Indian journal of veterinary science and animal husbandry - Volumes 26-27, 1956-1957
Year: 1956
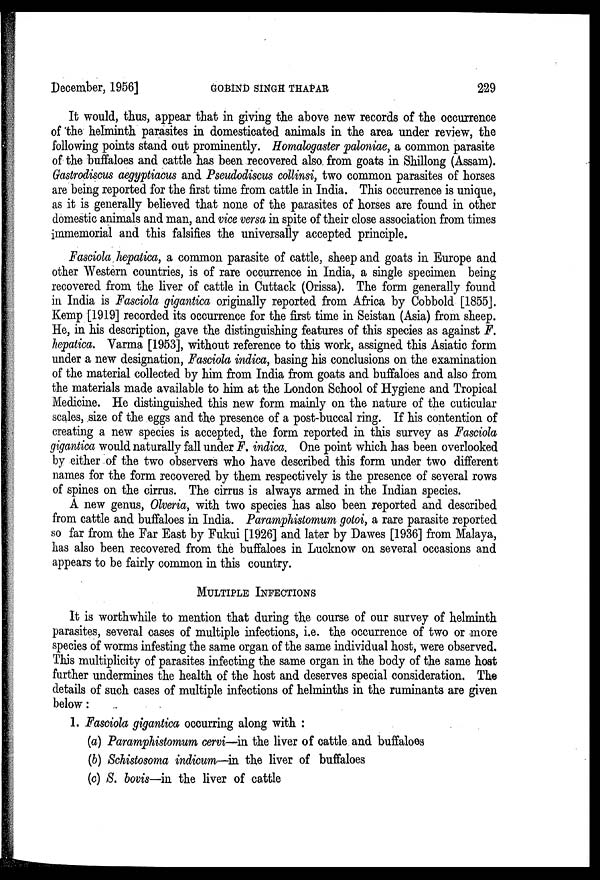
December, 1956]
GOBIND
SINGH
THAPAR
229
It would, thus, appear that in giving the above new records of the occurrence
of the helminth parasites in domesticated animals in the area under review, the
following points stand out prominently. Homalogaster paloniae, a common parasite
of the buffaloes and cattle has been recovered also from goats in Shillong (Assam).
Gastrodiscus aegyptiacus and Pseudodiscus collinsi, two common parasites of horses
are being reported for the first time from cattle in India. This occurrence is unique,
as it is generally believed that none of the parasites of horses are found in other
domestic animals and man, and vice versa in spite of their close association from times
immemorial and this falsifies the universally accepted principle.
Fasciola hepatica, a common parasite of cattle, sheep and goats in Europe and
other Western countries, is of rare occurrence in India, a single specimen being
recovered from the liver of cattle in Cuttack (Orissa). The form generally found
in India is Fasciola gigantica originally reported from Africa by Cobbold [1855].
Kemp [1919] recorded its occurrence for the first time in Seistan (Asia) from sheep.
He, in his description, gave the distinguishing features of this species as against F.
hepatica. Varma [1953], without reference to this work, assigned this Asiatic form
under a new designation, Fasciola indica, basing his conclusions on the examination
of the material collected by him from India from goats and buffaloes and also from
the materials made available to him at the London School of Hygiene and Tropical
Medicine. He distinguished this new form mainly on the nature of the cuticular
scales, size of the eggs and the presence of a post-buccal ring. If his contention of
creating a new species is accepted, the form reported in this survey as Fasciola
gigantica would naturally fall under F. indica. One point which has been overlooked
by either of the two observers who have described this form under two different
names for the form recovered by them respectively is the presence of several rows
of spines on the cirrus. The cirrus is always armed in the Indian species.
A new genus, Olveria, with two species has also been reported and described
from cattle and buffaloes in India. Paramphistomum gotoi, a rare parasite reported
so far from the Far East by Fukui [1926] and later by Dawes [1936] from Malaya,
has also been recovered from the buffaloes in Lucknow on several occasions and
appears to be fairly common in this country.
MULTIPLE INFECTIONS
It is worthwhile to mention that during the course of our survey of helminth
parasites, several cases of multiple infections, i.e. the occurrence of two or more
species of worms infesting the same organ of the same individual host, were observed.
This multiplicity of parasites infecting the same organ in the body of the same host
further undermines the health of the host and deserves special consideration. The
details of such cases of multiple infections of helminths in the ruminants are given
below:
1. Fasciola gigantica occurring along with :
(a) Paramphistomum cervi—in the liver of cattle and buffaloes
(b) Schistosoma indicum—in the liver of buffaloes
(c) S. bovis—in the liver of cattle